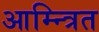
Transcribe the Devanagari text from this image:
आम्न्त्रित